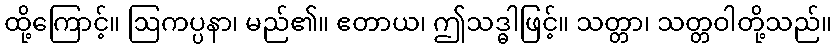
ထို့ကြောင့်။ ဩကပ္ပနာ၊ မည်၏။ ဧတာယ၊ ဤသဒ္ဓါဖြင့်။ သတ္တာ၊ သတ္တဝါတို့သည်။